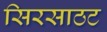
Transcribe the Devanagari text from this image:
सिरसाठट